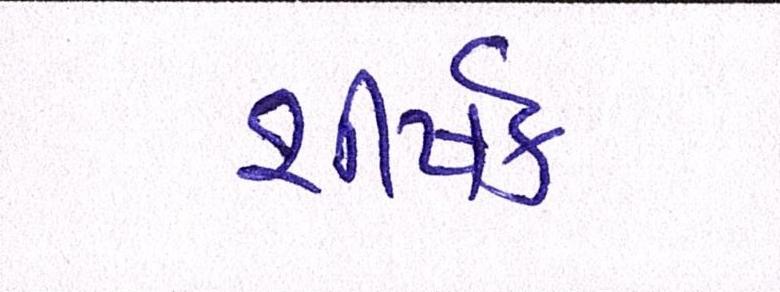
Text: શીર્ષક